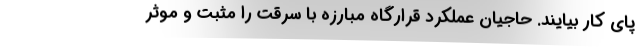
پای کار بیایند. حاجیان عملکرد قرارگاه مبارزه با سرقت را مثبت و موثر